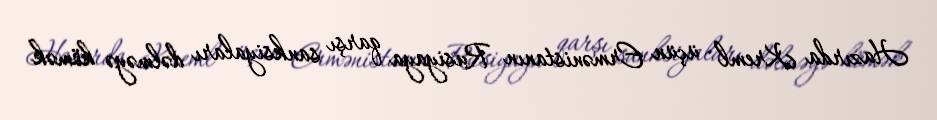
Hazırda Kreml üçün Ermənistanın Rusiyaya qarşı sanksiyaları dəlməyə kömək